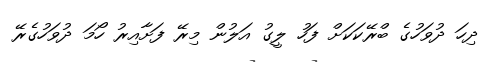
ދިހަ ދުވަހުގެ ބްރޭކަކަށް ފަހު ލީގު އަލުން މިރޭ ފަށާއިރު ހޯމަ ދުވަހުގެރޭ